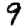
Digit: 9